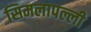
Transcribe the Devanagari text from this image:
सिमलापल्ली